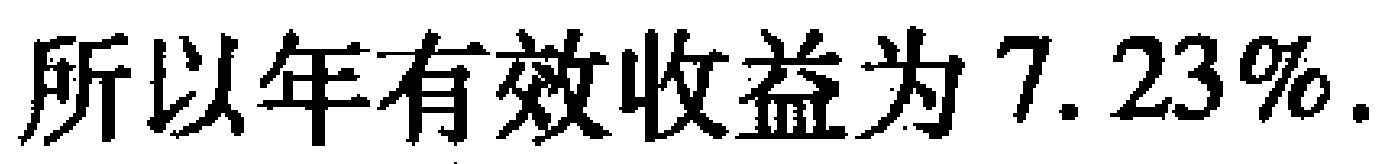
所以年有效收益为 \(7.23\%\).